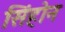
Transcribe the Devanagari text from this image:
सिंहोन